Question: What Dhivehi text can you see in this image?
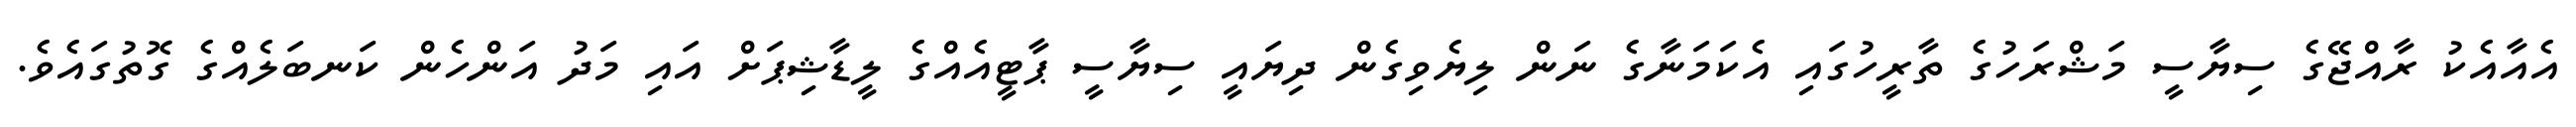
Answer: އެއާއެކު ރާއްޖޭގެ ސިޔާސީ މަޝްރަހުގެ ތާރީހުގައި އެކަމަނާގެ ނަން ލިޔެވިގެން ދިޔައީ ސިޔާސީ ޕާޓީއެއްގެ ލީޑާޝިޕަށް އައި މަދު އަންހެން ކަނބަލެއްގެ ގޮތުގައެވެ.